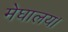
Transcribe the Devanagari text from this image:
मेघालय।